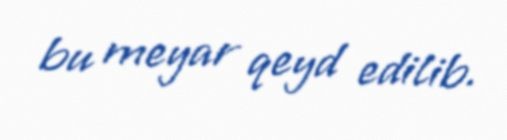
bu meyar qeyd edilib.